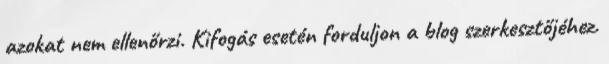
azokat nem ellenőrzi. Kifogás esetén forduljon a blog szerkesztőjéhez.